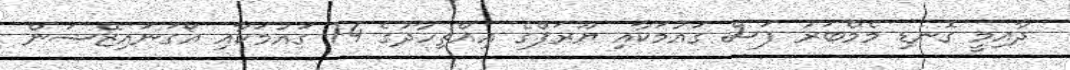
ދާއިމީ ގޮނޑި މެމްބަރު ފަސް ގައުމަކާއި ޔޫރަޕްގެ އިއްތިހާދުގެ 14 ގައުމަކާއި އޯގަނައިޒޭޝަން